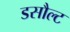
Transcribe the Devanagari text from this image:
डसौल्ट